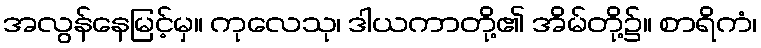
အလွန်နေမြင့်မှ။ ကုလေသု၊ ဒါယကာတို့၏ အိမ်တို့၌။ စာရိကံ၊